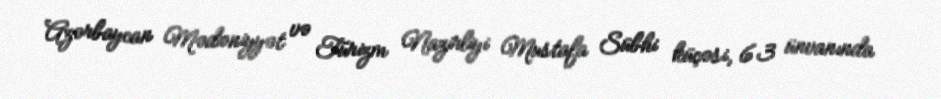
Azərbaycan Mədəniyyət və Turizm Nazirliyi Mustafa Sübhi küçəsi, 63 ünvanında